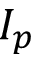
I _ { p }